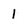
Character: 1